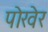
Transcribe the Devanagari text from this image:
पोखेर